Cholera in India, 1862 to 1881
Year: 1862
Disease focus: Cholera
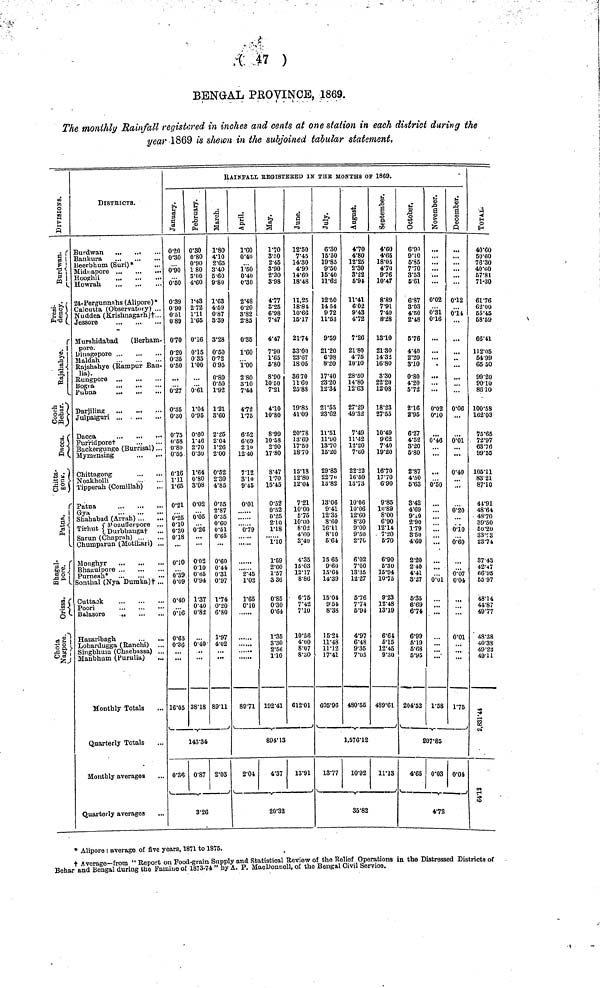
( 47 )
BENGAL PROVINCE, 1869.
The monthly Rainfall registered in inches and cents at one station in each district during the
year 1869 is shewn in the subjoined tabular statement,
Divisions
Burdwan.
Press-
dency
Rajshahye
CoochBehar
Daccan
Chitta-
gong
Patna
Bhagulpore.
Orissa.
Chota Nagpore.
DISTRICTS.
Burdwan
Bankura
Beerbhum (Suri)*
Miduapore
Hooghli
...
Howrah
24-Pergunnahs (Alipore)*
Calcutta (Observatory) ...
Nuddea (Krishnagarh)...
Jessore
Murshidabad
(Berham-
pore.
Dinagepore
Maldah
Rajshahye (Rampur Bau-
lia).
Pubna
Darjiling
Julpaiguri ...
Dacca
Furridporet
Buckergunge (Burrisal) ...
Mymensing
Chittagong
Noakholli
Tipperah (Comillah)
Patna
Gya
Shahabad (Arrah)
(Mozuflerpore ...
Tirhut (Durghanga† ...
Sarun (Chaprah)
Chumparun (Motihari) ...
Monghyr
Purneah* ...
...
...
Sonthal (Nya Dumka)† ...
Cuttack
...
...
...
Poori
Balasore
Hazaribagh.
Lohardugga (Ranchi) ...
Singbhum (Chaebassa) ...
Maubhum (Purulia)
Monthly Totals
Quarterly Totals
Monthly averages
Quarterly averages
RAINFAIL REGISTERED IN THE MONTHS OF 1869.
January
020
0·30
0·90
0·50
0·39
0·90
0·5l
0·89
0·70
0·20
0·35
0·50
0·27
0·35
0·30
0·75
11·58
0·80)
0·55
0·16
1·11
1·65
0·21
0·25
0·10
0·30
0·18
0·10
0·39
0·09
0·40
0·16
0·65
0·36
16·05
February
0·30
0·80
0·90
1 80
3·00
4·60
1·43
2·72
1v11
l·65
0·16
0·15
0·35
1·00
0·61
1·04
0·95
0·60
1·46
2·70
0·30
1·64
0·80
3·08
0·02
0·05
0·26
0·02
0·10
0·65
0·94
1·37
0·40
0·82
0·40
38·18
March
1·80
4·10
2·65
3·40
6·60
9·80
1·63
4·59
0·87
3·39
3·28
0·60
0·72
0 95
0v80
0·50
1·92
1·21
3·60
2-25
2·04
1·26
2·00
0·52
2·30
4·85
0·55
2·87
0·35
0·60
0·51
0·65
0·60
0·44
0·31
0·97
1·74
0·20
6·80
1·97
4·02
89·11
143·34
0·36 0·87 2·03
3·26
April
1·60
0·40
1·50
0·40
0·30
2·48
0·20
3·82
2·85
0·35
1·60
1·00
2·80
8·10
7·44
4·72
1·75
6·52
6·69
2 10
12·40
7·12
3·10
9·45
0·01
0·79
2·45
1·02
1·65
0·10
89·71
May
1·70
3·50
2·45
3·90
2·30
3·98
4·77
3·25
6·98
7·47
4·47
7·90
1·65
5·80
8·90
10 50
7·21
4·10
10·80
8·99
10·58
2·90
17·80
8·47
1·70
15·45
0·52
0·52
0·25
2·10
1·18
1·10
1·59
2·60
1·57
3 36
0·85
0·30
0·64
1·35
3·30
2·56
1·10
192·41
June
12·50
7·45
14·30
4·99
14·60
18·48
11,25
18·84
10·66
15·17
21·74
33·00
23·07
18·05
36·70
11·60
25·88
19·85
41·09
20·78
13·69
17·50
18·70
15·18
12·80
12·04
7·21
10·00
5·75
10·00
8·02
4·60
3·40
4·35
15·03
12·17
8·86
6·75
7·42
7·10
10·56
4·00
8·07
8·30
612·01
894·13
2·04
4·37 13·91
20·32
July
6·30
15·50
19·85
9·50
15·40
11·62
12·50
14 54
9 72
11·53
9·59
21·20
6·98
20
17·40
23·20
12·34
21·55
23·62
11·51
11·90
13·70
15·20
29·83
22·70
13·82
13·06
9·41
12·35
8·60
16·11
8·10
6·64
15 65
9·60
15·64
14·39
15·04
9·54
8·38
15·24
11·48
11·12
17·41
605·96
August
4·70
4·80
12·25
2·30
3·22
5·94
11·41
602
9·43
4·72
7·26
21·80
4·75
10·10
28·50
14·80
12·63
27·29
49·32
7·49
11·42
12·20
7·60
22·22
16·50
13·73
10·06
10·06
12·60
8·30
9·00
9·50
2·70
6·02
7·00
13·35
12·27
5·76
7·74
5·94
4·97
6·48
9·35
7·05
480·55
September
4·60
4·05
18·05
4·70
9·76
10·47
8·89
7·9l
7·40
8·28
13·10
21·30
14·32
16·80
3·30
22·20
12·08
18·23
27·55
10·49
962
7·40
19·20
16·70
17·70
6·90
9·85
10·89
8·00
6·90
12·14
7·20
5·70
6·90
5·30
15·94
10·75
9·23
12·48
13·19
6·64
5·15
12·45
9·30
489·61
1,576·12
13·77
10·92
11·13
35·82
October
6·90
9·10
5·85
7·70
3·53
5·61
6·87
3·03
4·50
2·48
5·76
4·40
2·20
3·10
0·80
4·20
6·72
2·16
2·95
6·27
4·52
3·20
5·80
2·87
4·50
5·63
3·42
4·69
9·10
2·90
1·79
8·50
4·60
2·20
2·40
4·41
8·27
5·35
6·69
6·74
6·99
5·19
6·68
5·95
204·52
November
...
...
...
0·02
0·31
0·16
...
...
,
...
...
0·02
0·10
0·46
0·50
...
...
...
0·01
1·58
December
...
...
i
0·12
0·14
.' ..
0·06
0·01
0·40
0·20
0·10
0·60
0·07
0·04
...
0·01
...
1·75
207·85
4·65 0·03 0·04
4·72
Total
40·60
50·60
76·30
40·60
57·81
71-30
61'76
62·00
55·45
58·59
66·41
112·05
54·99
65 50
99·20
90'10
86 10
100·58
162·03
75'65
72·97
63·76
99·55
105·11
83· 21
87·10
41·91
48·64
4870
39·50
50·20
33·73
23·74
37 43
42·47
66·95
55·97
48·14
44·87
49·77
48·38
40·38
49 ·23
49·11
2,831·44
64·12
• Alipore: average of five years, 1871 to 1875.
† Average—from " Report on Food-grain Supply and Statistical Review of the Relief Operations in the Distressed Districts of
Behar and Bengal during the Famine of 1873-74 " by A. P. MacDonnell, of the Bengal Civil Service.